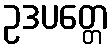
ဥဒပတ္တေ